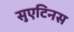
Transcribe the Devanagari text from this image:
सुएटिनस